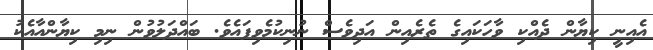
އެއިނީ ކިޔާން ދެއްކި ވާހަކައިގެ ތެރެއިން އަދިވެސް ނުނިކުމެވިފައެވެ. ބައްދަލުވުން ނިމި ކިޔާންއާއެކު